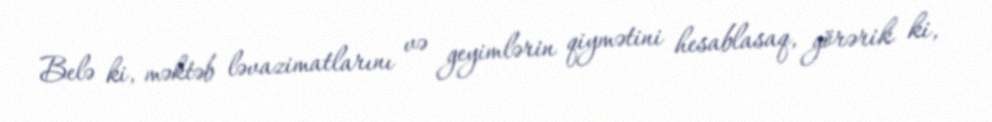
Belə ki, məktəb ləvazimatlarını və geyimlərin qiymətini hesablasaq, görərik ki,